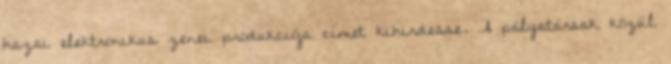
hazai elektronikus zenei produkciója címet kihirdesse. A pályatársak közül